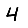
Digit: 4